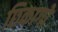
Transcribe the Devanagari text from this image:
छिकागो